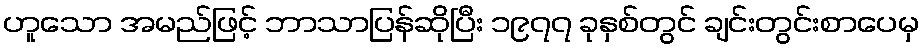
ဟူသော အမည်ဖြင့် ဘာသာပြန်ဆိုပြီး ၁၉၇၇ ခုနှစ်တွင် ချင်းတွင်းစာပေမှ